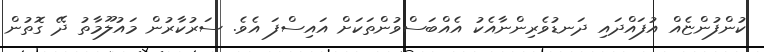
ކުންފުންޏެއް އުފައްދައި ދަނޑުވެރިންނާއެކު އެއްބަސްވުންތަކަށް އައިސްފަ އެވެ. ސަރުކާރުން މައުލޫމާތު ދޭ ގޮތުން